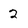
Character: 2